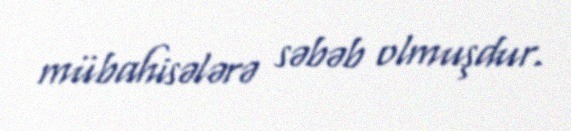
mübahisələrə səbəb olmuşdur.